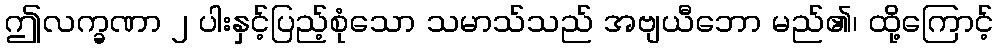
ဤလက္ခဏာ ၂ ပါးနှင့်ပြည့်စုံသော သမာသ်သည် အဗျယီဘော မည်၏၊ ထို့ကြောင့်